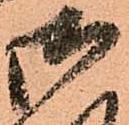
御